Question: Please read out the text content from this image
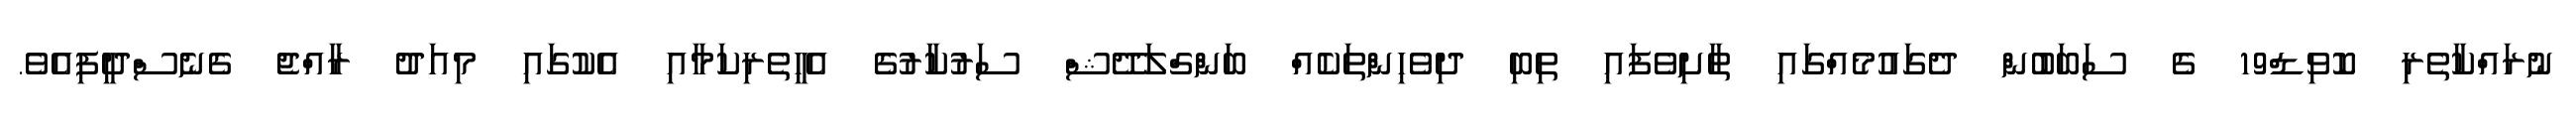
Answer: ނުރައްކާތެރި ކޮވިޑް19 ގެ ސަބަބުން ދެގައުމެއްގައި ތާށިވެފައި ތިބި ދިވެހިންތަކެއް ބަންގްލަދޭޝް ސަރުކާރުގެ އެހީތެރިކަމާއި އެކުގައި މިއަދު ރާއްޖެ ގެނެސްދީފިއެވެ.